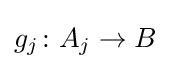
g_{j}\colon A_{j}\to B